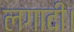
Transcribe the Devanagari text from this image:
लगादी।